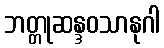
ဘတ္တုဆန္ဒဝသာနုဂါ